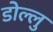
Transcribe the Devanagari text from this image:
डोल्लु